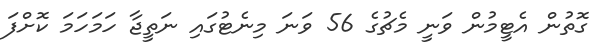
ގޮތުން އެޓީމުން ވަނީ މެޗުގެ 56 ވަނަ މިނެޓުގައި ނަތީޖާ ހަމަހަމަ ކޮށްފަ